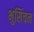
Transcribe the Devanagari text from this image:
भुसिंचन